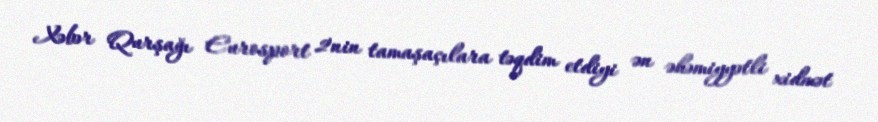
Xəbər Qurşağı Eurosport 2'nin tamaşaçılara təqdim etdiyi ən əhəmiyyətli xidmət